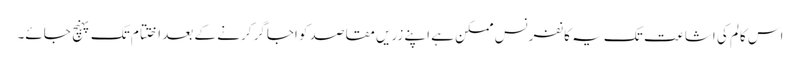
اس کالم کی اشاعت تک یہ کانفرنس ممکن ہے اپنے زریں مقاصد کو اجاگر کرنے کے بعد اختتام تک پہنچ جائے۔